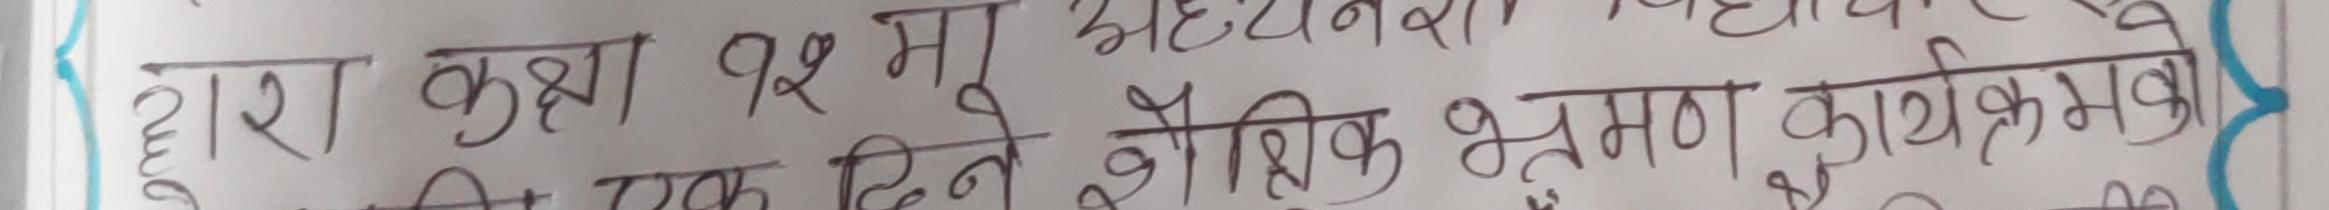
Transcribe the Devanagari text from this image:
द्वारा कक्षा १२ मा अध्ययनरत विद्यार्थीहरुको लागि एक दिने शैक्षिक भ्रमण कार्यक्रमको